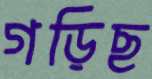
গড়িছ